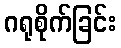
ဂရုစိုက်ခြင်း